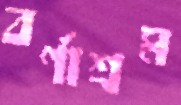
বর্ণাশ্রম